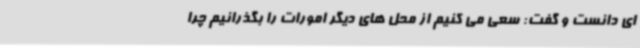
ای دانست و گفت: سعی می کنیم از محل های دیگر امورات را بگذرانیم چرا